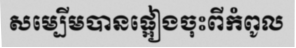
សម្បើមបានផ្អៀងចុះពីកំពូល